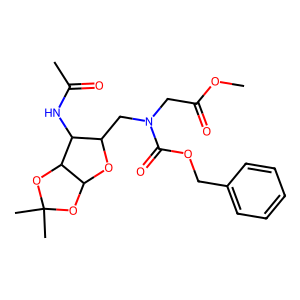
SMILES: COC(=O)CN(CC1OC2OC(C)(C)OC2C1NC(C)=O)C(=O)OCc1ccccc1
Inhibits HIV replication: No